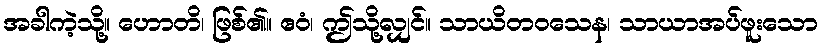
အခါကဲ့သို့။ ဟောတိ၊ ဖြစ်၏။ ဧဝံ၊ ဤသို့လျှင်။ သာယိတဝသေန၊ သာယာအပ်ဖူးသော